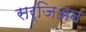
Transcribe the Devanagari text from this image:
सर्जिअन